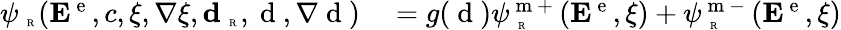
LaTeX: \begin{array}{rl}{{\psi}_{\mathrm{~\tiny~R~}}({\mathbf E}^{\mathrm{~e~}},c,\xi,\nabla\xi,\textbf{d}_{\mathrm{~\tiny~R~}},\mathrm{~d~},\nabla\mathrm{~d~})}&{{}=g(\mathrm{~d~})\psi_{\mathrm{~\tiny~R~}}^{\mathrm{~m~+~}}({\mathbf E}^{\mathrm{~e~}},\xi)+\psi_{\mathrm{~\tiny~R~}}^{\mathrm{~m~-~}}({\mathbf E}^{\mathrm{~e~}},\xi)}\end{array}